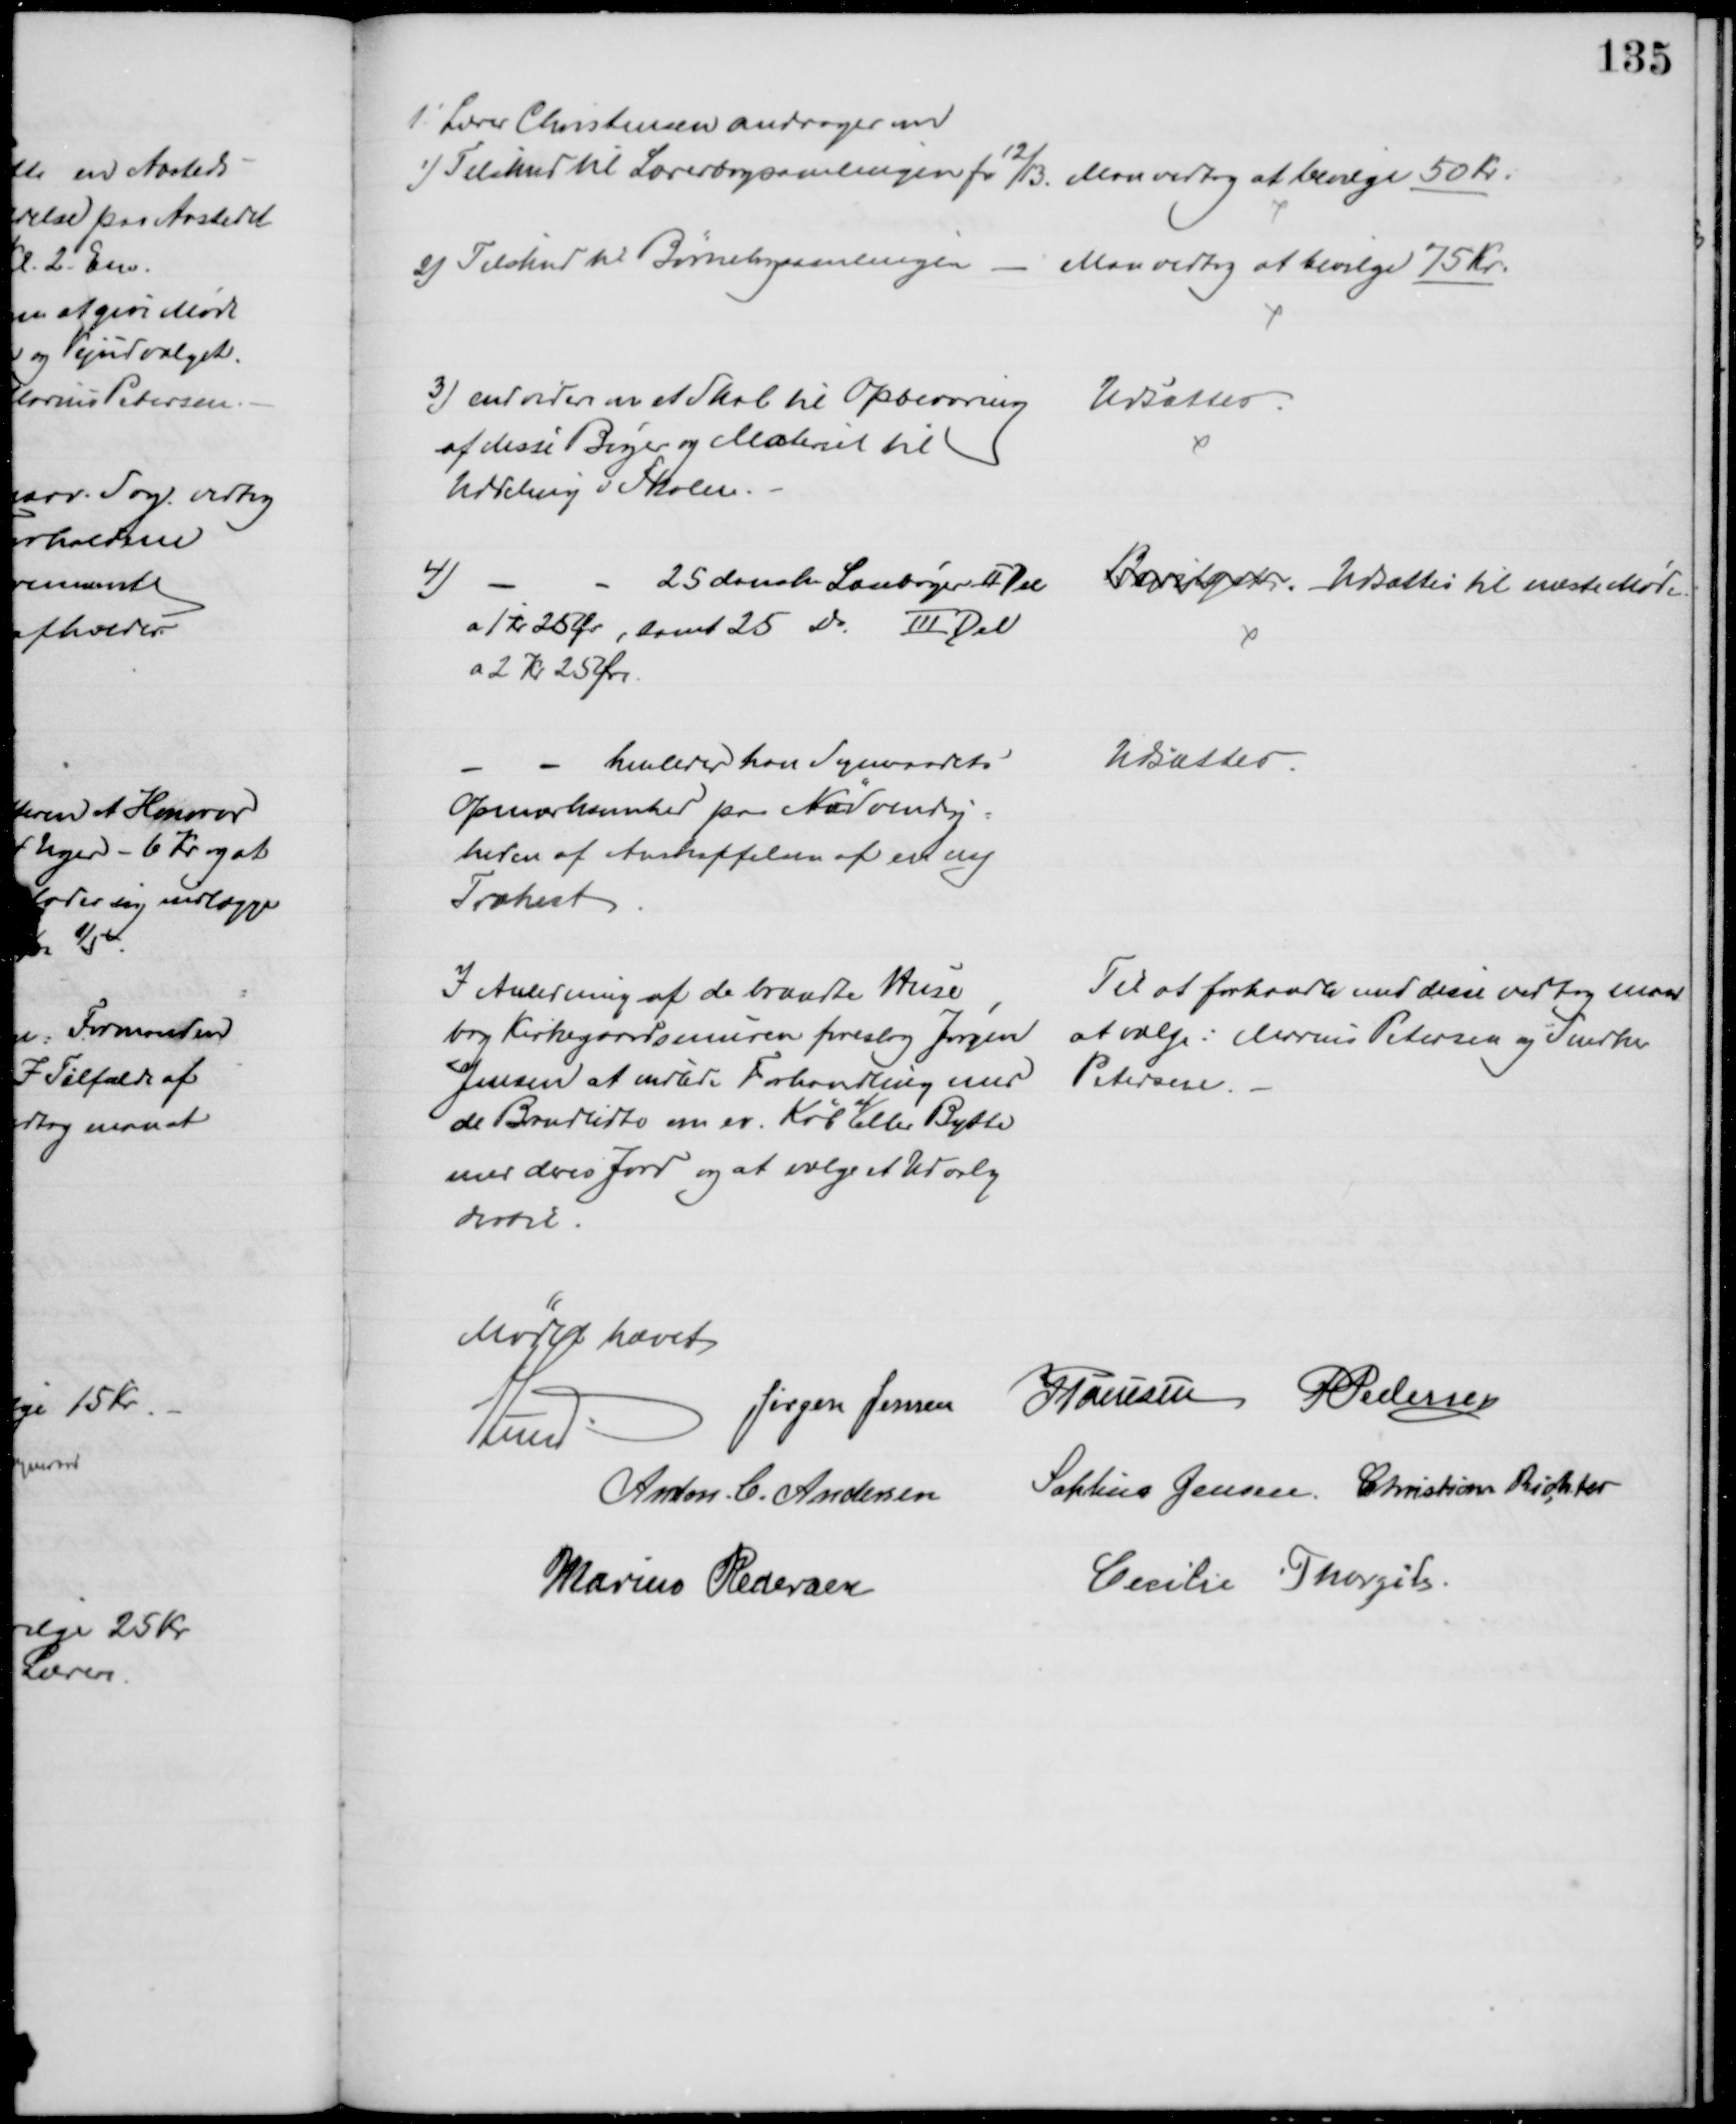
Transskription:
1' Lærer Christensen andrager om
1) Tilskud til Lærerbogsamlingen for 12/13. 
 Man vedtog at bevilge 50 Kr.
2) Tilskud til Børnebogssamlingen 
Man vedtog at bevilge 75 Kr.
3) endvidere om et Skab til Opbevaring 
af disse Bøger og Materiel til
Uddeling i Skolen.
Udsættes
4)
25 danske Læsebøger II Del
a 1 Kr 25 Ør, samt 25 Do III Del
a 2 Kr 25 Øre.
Bevilget. Udsættes til næste Møde.
henleder han Sogneraadets
Opmærksomhed på Nødvendig-
heden af Anskaffelsen af en ny
Træhest
Udsættes.
I Anledning af de brændte Huse
bag Kirkegaardsmuren foreslog Jørgen
Jensen at indlede Forhandling med
de Brandlidte om ev. Køb 
af
eller Bytte
med deres Jord og at vælge et Udvalg
dertil.
Til at forhandle med disse vedtog man
at vælge: Marius Petersen og Snedker
Petersen.
Mødet hævet
A Lund
Jørgen Jensen J Poulsen P Pedersen
Anton. C. Andersen Sophus Jensen Christian Richter
Marius Pedersen
Cecilie Thorgils.